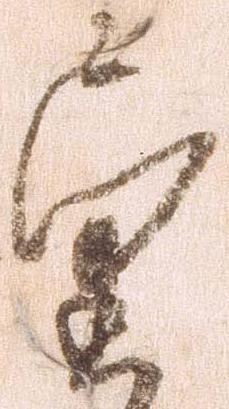
望